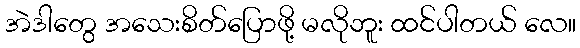
အဲဒါတွေ အသေးစိတ်ပြောဖို့ မလိုဘူး ထင်ပါတယ် လေ။